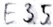
Text: E3.5